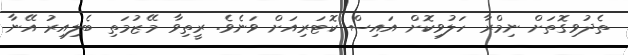
ތެދުވިގޮތަށް ނިމްރާ ހަލުވިކޮށް އައިސް ކޮޓަރިއަށް ވަނެވެ. ރީތިވާ މޭޒުމަތި ބެލިއިރު އޭނާ